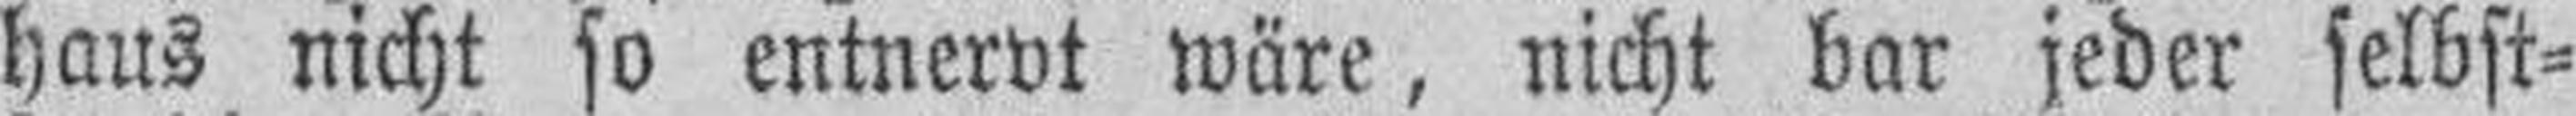
haus nicht so entnervt wäre, nicht bar jeder selbst¬